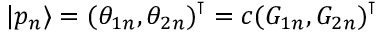
| p _ { n } \rangle = ( \theta _ { 1 n } , \theta _ { 2 n } ) ^ { \intercal } = c ( G _ { 1 n } , G _ { 2 n } ) ^ { \intercal }